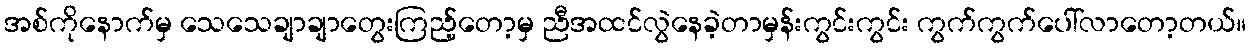
အစ်ကိုနောက်မှ သေသေချာချာတွေးကြည့်တော့မှ ညီအထင်လွဲနေခဲ့တာမှန်းကွင်းကွင်း ကွက်ကွက်ပေါ်လာတော့တယ်။